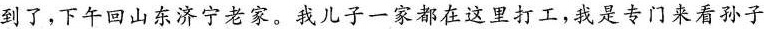
到了，下午回山东济宁老家。我儿子一家都在这里打工，我是专门来看孙子